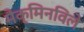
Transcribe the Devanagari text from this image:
मैक्मिनविले